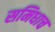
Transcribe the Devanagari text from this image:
समिधाच